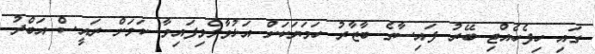
ގައި ހިފެހެއްޓި ބޭރު ފައިސާގެ ބާޒާރު ހަމަޔަކަށް އަޅުވާލެވިފައިވާ ކަމަށް ރައީސް އަބްދު